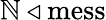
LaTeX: \mathbb{N}\triangleleft{\mathrm{{mess}}}